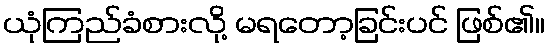
ယုံကြည်ခံစားလို့ မရတော့ခြင်းပင် ဖြစ်၏။